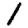
Digit: 1